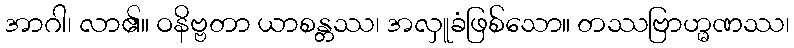
အာဂါ၊ လာ၏။ ဝနိဗ္ဗတာ ယာစန္တဿ၊ အလှူခံဖြစ်သော။ တဿဗြာဟ္မဏဿ၊